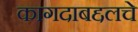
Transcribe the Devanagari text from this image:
कागदाबद्दलचे